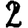
Digit: 2